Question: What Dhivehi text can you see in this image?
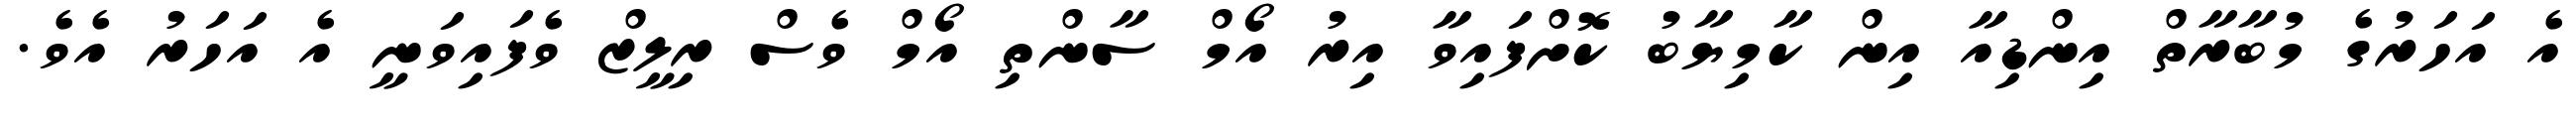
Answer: އެ އަހަރުގެ މުބާރާތް އިންޑިއާ އިން ކާމިޔާބު ކޮށްފައިވާ އިރު އޯމް ސާންތި އޯމް ވެސް ރިލީޒް ވެފައިވަނީ އެ އަހަރު އެވެ.